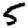
Digit: 5